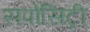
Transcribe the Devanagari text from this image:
सपोसिट्री